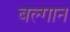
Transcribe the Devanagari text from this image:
बल्गान